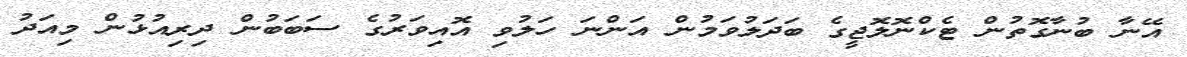
އޭނާ ބުނާގޮތުން ޓެކްނޮލޮޖީގެ ބަދަލުވަމުން އަންނަ ހަލުވި އޮއިވަރުގެ ސަބަބުން ދިރިއުޅުން މިއަދު